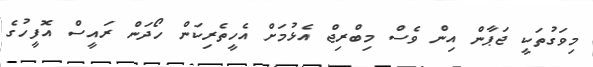
މިވަގުތަކީ ޖަޕާން އިން ވެސް މިބްރިޖް އެޅުމަށް އެހީތެރިކަން ހޯދަން ރައީސް އޮފީހުގެ